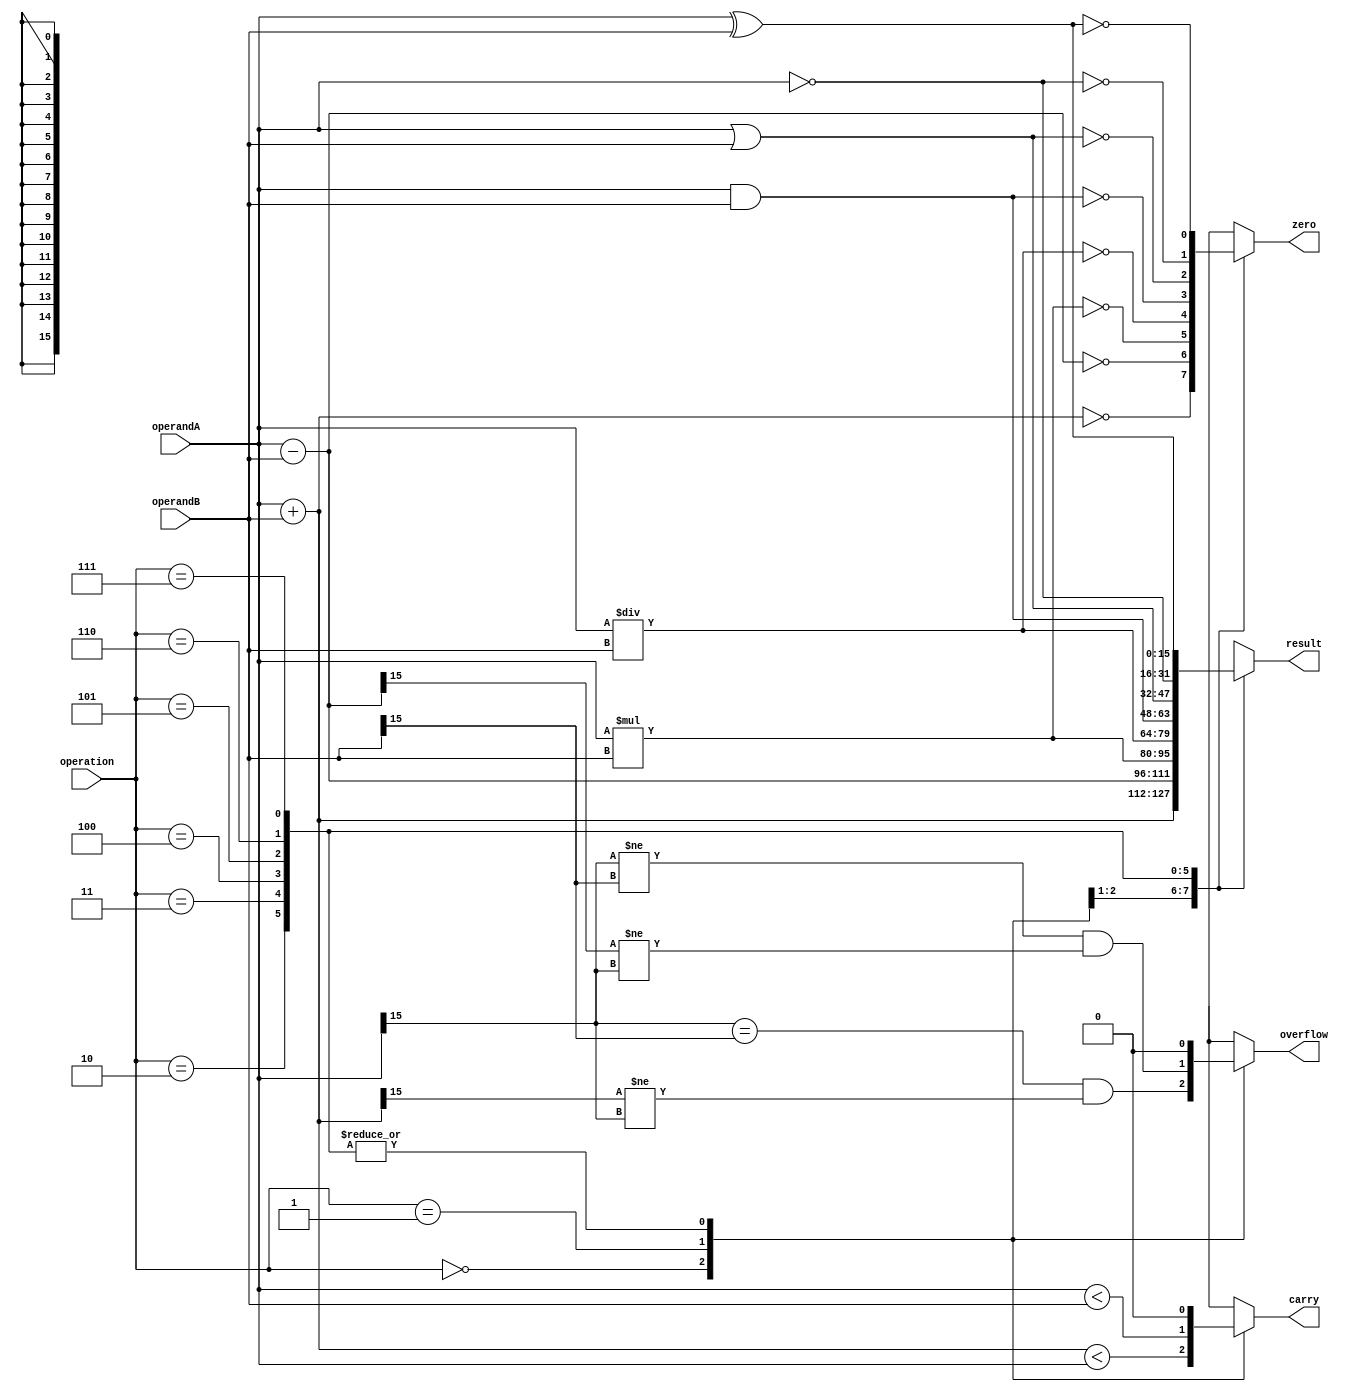
module ALU(
    input wire [15:0] operandA,
    input wire [15:0] operandB,
    input wire [2:0] operation,
    output reg [15:0] result,
    output reg zero,
    output reg overflow,
    output reg carry
);

always @(*) begin
    case(operation)
        3'b000:   // Addition
            begin
                result = operandA + operandB;
                zero = (result == 16'b0);
                overflow = (operandA[15] == operandB[15] && result[15] != operandA[15]);
                carry = (result < operandA);
            end
        3'b001:   // Subtraction
            begin
                result = operandA - operandB;
                zero = (result == 16'b0);
                overflow = (operandA[15] != operandB[15] && result[15] != operandA[15]);
                carry = (operandA < operandB);
            end
        3'b010:   // Multiplication
            begin
                result = operandA * operandB;
                zero = (result == 16'b0);
                overflow = 16'b0;  // No overflow for multiplication
                carry = 16'b0;     // No carry for multiplication
            end
        3'b011:   // Division
            begin
                result = operandA / operandB;
                zero = (result == 16'b0);
                overflow = 16'b0;  // No overflow for division
                carry = 16'b0;     // No carry for division
            end
        3'b100:   // AND
            begin
                result = operandA & operandB;
                zero = (result == 16'b0);
                overflow = 16'b0;  // No overflow for AND
                carry = 16'b0;     // No carry for AND
            end
        3'b101:   // OR
            begin
                result = operandA | operandB;
                zero = (result == 16'b0);
                overflow = 16'b0;  // No overflow for OR
                carry = 16'b0;     // No carry for OR
            end
        3'b110:   // NOT
            begin
                result = ~operandA;
                zero = (result == 16'b0);
                overflow = 16'b0;  // No overflow for NOT
                carry = 16'b0;     // No carry for NOT
            end
        3'b111:   // XOR
            begin
                result = operandA ^ operandB;
                zero = (result == 16'b0);
                overflow = 16'b0;  // No overflow for XOR
                carry = 16'b0;     // No carry for XOR
            end
    endcase
end

endmodule